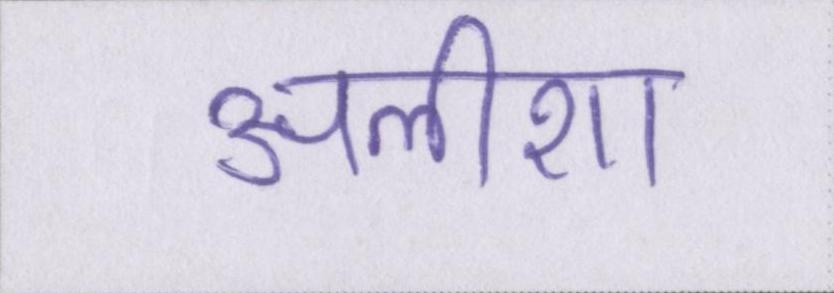
अलीशा